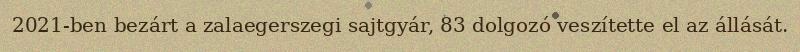
2021-ben bezárt a zalaegerszegi sajtgyár, 83 dolgozó veszítette el az állását.